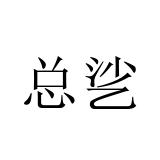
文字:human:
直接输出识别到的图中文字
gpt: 总乷